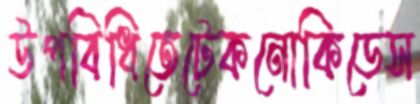
উপবিধিতেটেকনোকিডেস